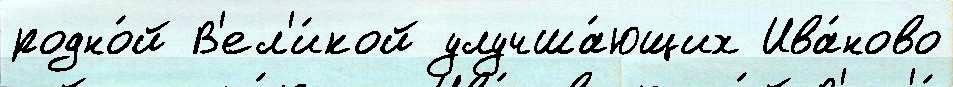
родно́й В'ел'и́кой улучша́ющих Ива́ново